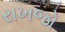
રાખજો